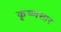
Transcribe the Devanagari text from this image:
कृष्णसार